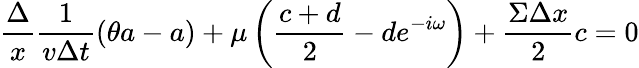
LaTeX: \frac{\Delta}{x}\frac{1}{v\Delta t}(\theta a-a)+\mu\left(\frac{c+d}{2}-de^{-i\omega}\right)+\frac{\Sigma\Delta x}{2}c=0